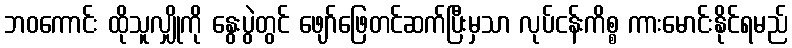
ဘဝကောင်း ထိုသူလျှိုကို နွေးပွဲတွင် ဖျော်ဖြေတင်ဆက်ပြီးမှသာ လုပ်ငန်းကိစ္စ ကားမောင်းနိုင်ရမည်